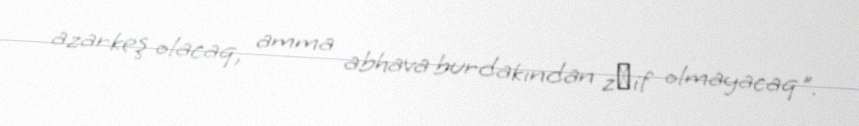
azarkeş olacaq, amma abhava burdakından zәif olmayacaq".